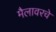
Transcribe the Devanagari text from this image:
मैलावरचे